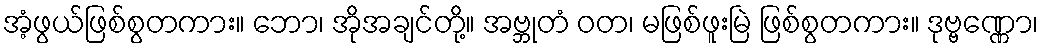
အံ့ဖွယ်ဖြစ်စွတကား။ ဘော၊ အိုအချင်တို့။ အဗ္ဘုတံ ဝတ၊ မဖြစ်ဖူးမြဲ ဖြစ်စွတကား။ ဒုဗ္ဗဏ္ဏော၊